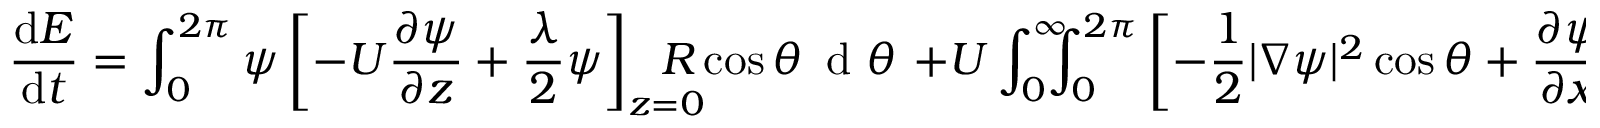
\frac { \mathrm { d } E } { \mathrm { d } t } = \int _ { 0 } ^ { 2 \pi } \psi \left[ - U \frac { \partial \psi } { \partial z } + \frac { \lambda } { 2 } \psi \right] _ { z = 0 } \! \! \! \! \! \! \! R \cos \theta \, \textrm { d } \theta \, \, + U \int _ { 0 } ^ { \infty } \! \! \! \! \int _ { 0 } ^ { 2 \pi } \left[ - \frac { 1 } { 2 } | \nabla \psi | ^ { 2 } \cos \theta + \frac { \partial \psi } { \partial x } \frac { \partial \psi } { \partial r } \right] R \, \textrm { d } \theta \, \textrm { d } z ,